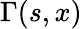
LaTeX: \Gamma(s,x)